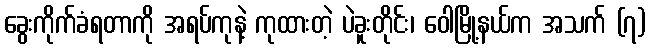
ခွေးကိုက်ခံရတာကို အရပ်ကုနဲ့ ကုထားတဲ့ ပဲခူးတိုင်း၊ ဝေါမြို့နယ်က အသက် (၇)